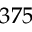
3 7 5